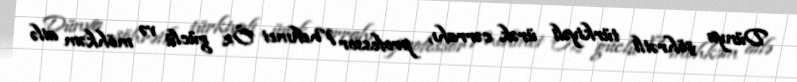
Dünya şöhrətli türkiyəli ürək cərrahı, professor Mehmet Öz güclü və möhkəm ailə